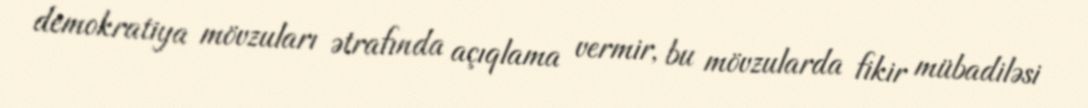
demokratiya mövzuları ətrafında açıqlama vermir, bu mövzularda fikir mübadiləsi